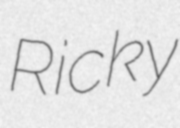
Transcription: Ricky